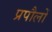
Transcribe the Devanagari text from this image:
प्रपौलों